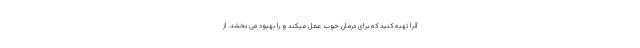
آنرا تهیه کنید که برای درمان خوب عمل میکند و را بهبود می بخشد. از